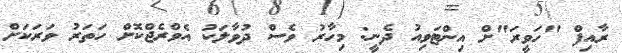
ރާއިފް "ހަވީރަ"ށް އިންޓަވިއު ދެނީ: މިހާރު ވެސް ދުވާލަކު އެވްރެޖްކޮށް ހަތަރު ވަރަކަށް